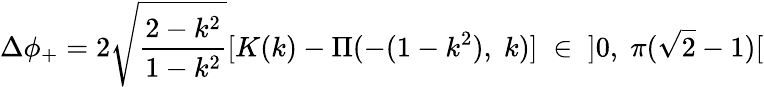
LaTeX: \Delta\phi_{+}=2\sqrt{\frac{2-k^{2}}{1-k^{2}}}[K(k)-\Pi(-(1-k^{2}),\; k)]\; \in\; \; ]0,\; \pi(\sqrt{2}-1)[